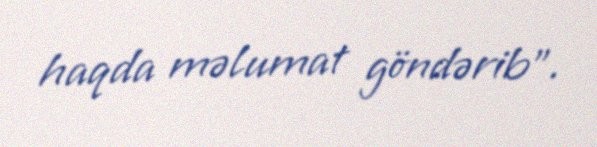
haqda məlumat göndərib".